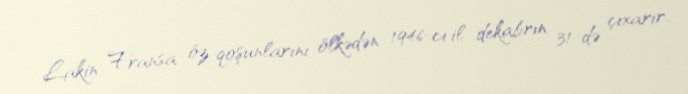
Lakin Fransa öz qoşunlarını ölkədən 1946-cı il dekabrın 31-də çıxarır.